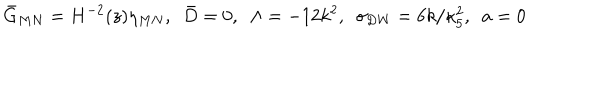
LaTeX: { \bar { G } } _ { M N } = H ^ { - 2 } ( z ) \eta _ { M N } , ~ ~ \bar { D } = 0 , ~ ~ \Lambda = - 1 2 k ^ { 2 } , ~ ~ \sigma _ { \mathrm { D W } } = 6 k / \kappa _ { 5 } ^ { 2 } , ~ ~ a = 0